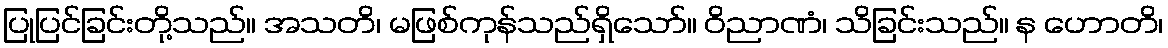
ပြုပြင်ခြင်းတို့သည်။ အသတိ၊ မဖြစ်ကုန်သည်ရှိသော်။ ဝိညာဏံ၊ သိခြင်းသည်။ န ဟောတိ၊